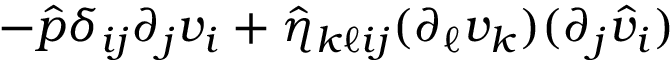
- \hat { p } \delta _ { i j } \partial _ { j } v _ { i } + \hat { \eta } _ { k \ell i j } ( \partial _ { \ell } v _ { k } ) ( \partial _ { j } \hat { v } _ { i } )